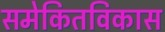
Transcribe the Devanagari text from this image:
समेकितविकास